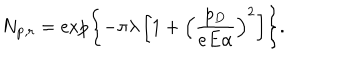
N _ { { \bf p } , r } = \exp \left\{ - \pi \lambda \left[ 1 + \left( \frac { p _ { D } } { e E \alpha } \right) ^ { 2 } \right] \right\} .